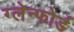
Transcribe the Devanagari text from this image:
ग्लेन्फोर्ड